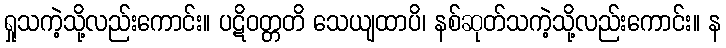
ရှုသကဲ့သို့လည်းကောင်း။ ပဋိဝတ္တတိ သေယျထာပိ၊ နစ်ဆုတ်သကဲ့သို့လည်းကောင်း။ န